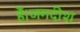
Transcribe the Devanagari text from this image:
हैं।जगदीश